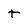
Character: t